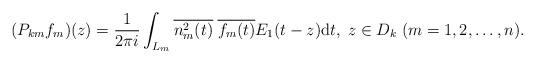
LaTeX: \begin{align*}(P_{km} f_m)(z) = \frac{1}{2\pi i} \int_{L_m} \overline{n_m^2(t)}\;\overline{f_m(t)}E_1(t-z) \textrm{d}t, \; z \in D_k\; (m =1,2,\ldots, n). \end{align*}